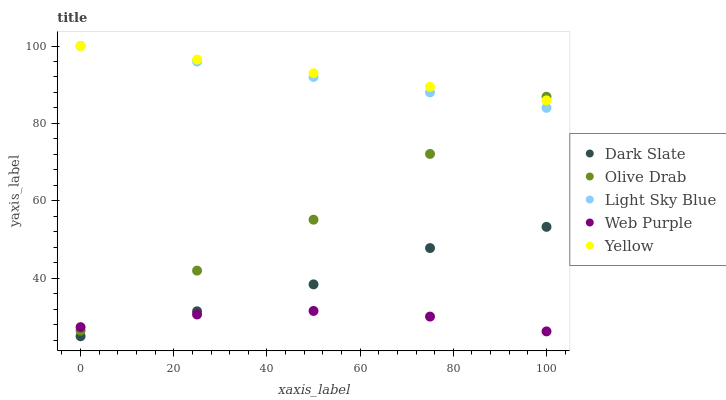
| xaxis_label | Dark Slate | Olive Drab | Light Sky Blue | Web Purple | Yellow |
 | --- | --- | --- | --- | --- | --- |
 | 0 | 25 | 26.4 | 100 | 27.4 | 100 |
 | 25 | 31.5 | 42 | 96 | 30.6 | 96.5 |
 | 50 | 38.4 | 55.1 | 92 | 31.5 | 93 |
 | 75 | 47.8 | 72.1 | 88 | 30.1 | 89.5 |
 | 100 | 53.3 | 86.9 | 84 | 26.3 | 86 |